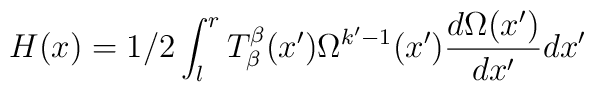
H(x)=1/2 \int^{r}_{l}T^{\beta}_{\beta}(x')\Omega^{k'-1}(x')\frac{d\Omega(x')}{dx'}dx'